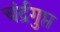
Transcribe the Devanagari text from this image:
चंर्द्रगुप्त